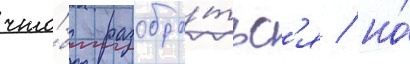
что́бы разобра́тьс'я / но́